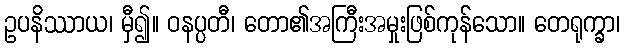
ဥပနိဿာယ၊ မှီ၍။ ဝနပ္ပတီ၊ တော၏အကြီးအမှုးဖြစ်ကုန်သော။ တေရုက္ခာ၊